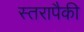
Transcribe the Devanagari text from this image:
स्तरापैकी